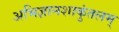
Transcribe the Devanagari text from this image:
अभिज्ञानशाकुंतलम्‌